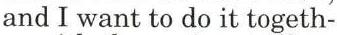
and I want to do it togeth-